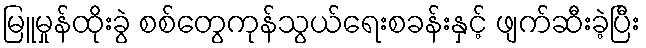
မြူမှုန်ထိုးခွဲ စစ်တွေကုန်သွယ်ရေးစခန်းနှင့် ဖျက်ဆီးခဲ့ပြီး